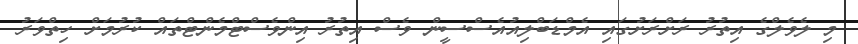
މި ލެވެލްގެ އިތުރު ރަށްރަށުގައި އެމްޑަބްލިއުއެސްސީން ވެސް އިތުރު އިންވެސްޓްމެންޓްތައް ކުރުމަށް ހިތްވަރު